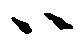
ハ